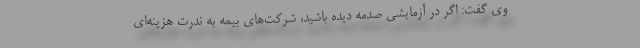
وی گفت: اگر در آزمایشی صدمه دیده باشید، شرکت‌های بیمه به ندرت هزینه‌ای